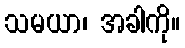
သမယာ၊ အခါကို။